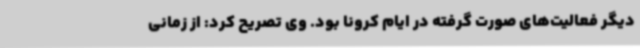
دیگر فعالیت‌های صورت گرفته در ایام کرونا بود. وی تصریح کرد: از زمانی